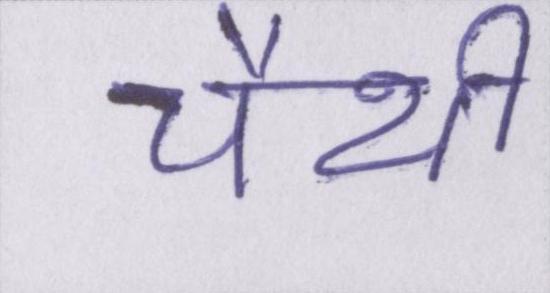
चैथी